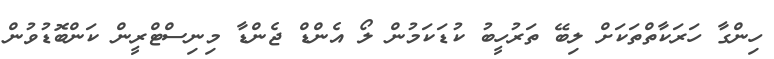
ހިންގާ ހަރަކާތްތަކަށް ލިބޭ ތަރުހީބު ކުޑަކަމުން ލޯ އެންޑް ޖެންޑާ މިނިސްޓްރީން ކަންބޮޑުވުން